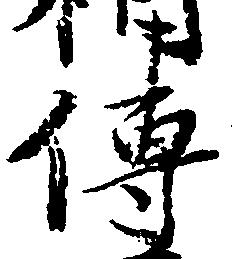
伝